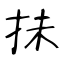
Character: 抺